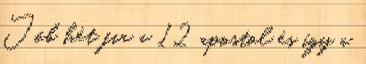
Jób hét fia a 12 apostol és így a